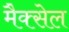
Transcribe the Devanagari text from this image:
मैक्सेल